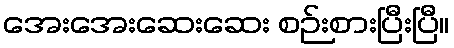
အေးအေးဆေးဆေး စဉ်းစားပြီးပြီ။